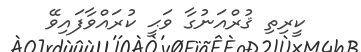
ކީރިތި ޤުރްއަނުގާ ވަޙީ ކުރައްވާފައިވޭ